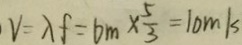
V = \lambda f = 6 _ { m } \times \frac { 5 } { 3 } = 1 0 m / s